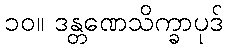
၁၀။ ဒန္တဏေသိက္ခာပုဒ်